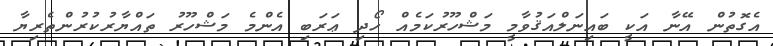
އެގޮތުން އޭނާ އަކީ ބައިނަލްއަޤުވާމީ މަޝްހޫރުކަމެއް ހޯދި ޢަރަބި އެންމެ މަޝްހޫރު ތައްޔާރުކުރުންތެރިޔާ